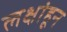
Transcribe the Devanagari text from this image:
लक्षांहून